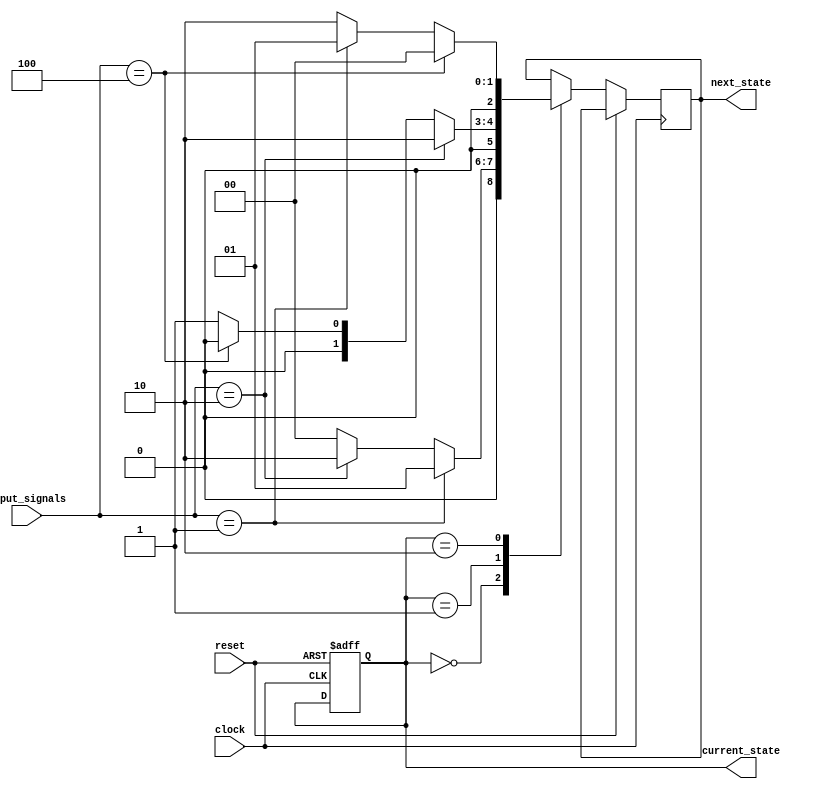
module state_machine (
    input clock,
    input reset,
    input [3:0] input_signals,
    output reg [2:0] current_state,
    output reg [2:0] next_state
);

// Define state machine states
parameter STATE_A = 3'b000;
parameter STATE_B = 3'b001;
parameter STATE_C = 3'b010;

// Define input signal priorities
parameter PRIORITY_1 = 4'b0001;
parameter PRIORITY_2 = 4'b0010;
parameter PRIORITY_3 = 4'b0100;

// State machine logic
always @(posedge clock or posedge reset) begin
    if (reset) begin
        current_state <= STATE_A;
    end else begin
        case(current_state)
            STATE_A: begin
                if (input_signals == PRIORITY_1) begin
                    next_state <= STATE_B;
                end else if (input_signals == PRIORITY_2) begin
                    next_state <= STATE_C;
                end else begin
                    next_state <= STATE_A;
                end
            end
            STATE_B: begin
                if (input_signals == PRIORITY_2) begin
                    next_state <= STATE_C;
                end else if (input_signals == PRIORITY_3) begin
                    next_state <= STATE_A;
                end else begin
                    next_state <= STATE_B;
                end
            end
            STATE_C: begin
                if (input_signals == PRIORITY_3) begin
                    next_state <= STATE_A;
                end else if (input_signals == PRIORITY_1) begin
                    next_state <= STATE_B;
                end else begin
                    next_state <= STATE_C;
                end
            end
        endcase
    end
end

endmodule